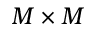
M \times M